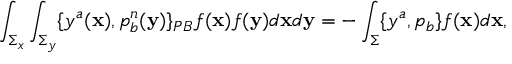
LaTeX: \int _ { \Sigma _ { x } } \int _ { \Sigma _ { y } } \{ y ^ { a } ( { \bf x } ) , p _ { b } ^ { n } ( { \bf y } ) \} _ { P B } f ( { \bf x } ) f ( { \bf y } ) d { \bf x } d { \bf y } = - \int _ { \Sigma } \{ y ^ { a } , p _ { b } \} f ( { \bf x } ) d { \bf x } ,